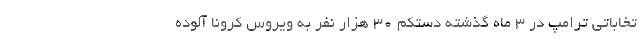
تخاباتی ترامپ در 3 ماه گذشته دستکم 30 هزار نفر به ویروس کرونا آلوده